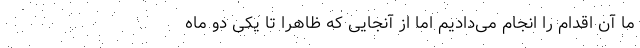
ما آن اقدام را انجام می‌دادیم اما از آنجایی که ظاهرا تا یکی دو ماه